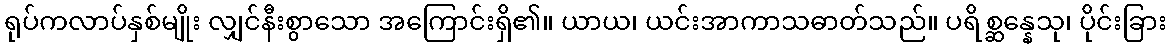
ရုပ်ကလာပ်နှစ်မျိုး လျှင်နီးစွာသော အကြောင်းရှိ၏။ ယာယ၊ ယင်းအာကာသဓာတ်သည်။ ပရိစ္ဆန္နေသု၊ ပိုင်းခြား